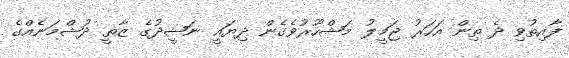
ފާއިތުވި ދެ ތިން އަހަރު ޖަމީލު މަޝްހޫރުވެގެން ދިޔައީ ނަޝީދުގެ ޒާތީ ދުޝްމަނެއްގެ